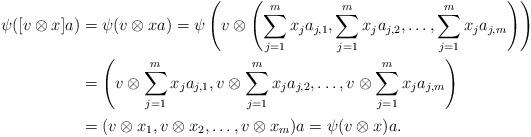
\begin{align*}\psi([v\otimes x]a) &= \psi(v\otimes xa) = \psi \left(v\otimes \left(\sum_{j=1}^mx_ja_{j,1},\sum_{j=1}^mx_ja_{j,2},\ldots ,\sum_{j=1}^mx_ja_{j,m} \right)\right) \\ &= \left(v\otimes \sum_{j=1}^mx_ja_{j,1},v\otimes \sum_{j=1}^mx_ja_{j,2},\ldots ,v\otimes \sum_{j=1}^mx_ja_{j,m} \right) \\ &= (v\otimes x_1,v\otimes x_2,\ldots ,v\otimes x_m)a = \psi(v\otimes x)a.\end{align*}